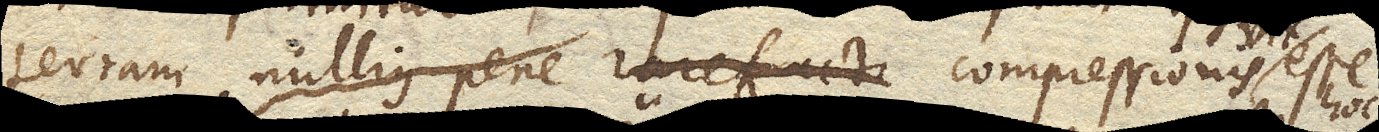
terram nullius pene rarefacti compressionis esse